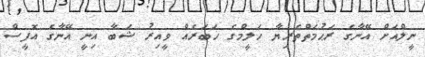
ނީލްއަށް އޭނާގެ ރަޙުމަތްތެރިޔާ ހަލީމްގެ ޚަބަރެއް ވީއިރު ޝަބާ އިނީ އޭނާގެ އޮފީސް